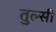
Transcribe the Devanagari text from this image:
तुल्सी